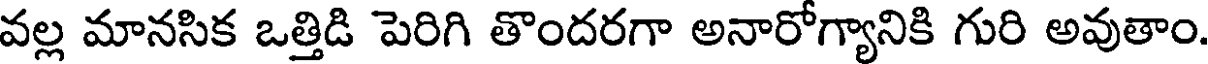
వల్ల మానసిక ఒత్తిడి పెరిగి తొందరగా అనారోగ్యానికి గురి అవుతాం.